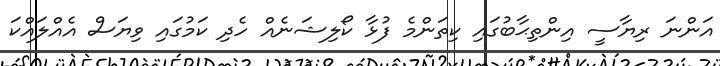
އަންނަ ރިޔާސީ އިންތިޙާބުގައި ކިތަންމެ ފުޅާ ކޯލިޝަނެއް ހެދި ކަމުގައި ވިޔަސް އެއްލައްކަ